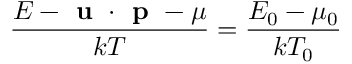
\frac { E - \textbf { u } \cdot \textbf { p } - \mu } { k T } = \frac { E _ { 0 } - \mu _ { 0 } } { k T _ { 0 } }